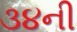
૩૪ની